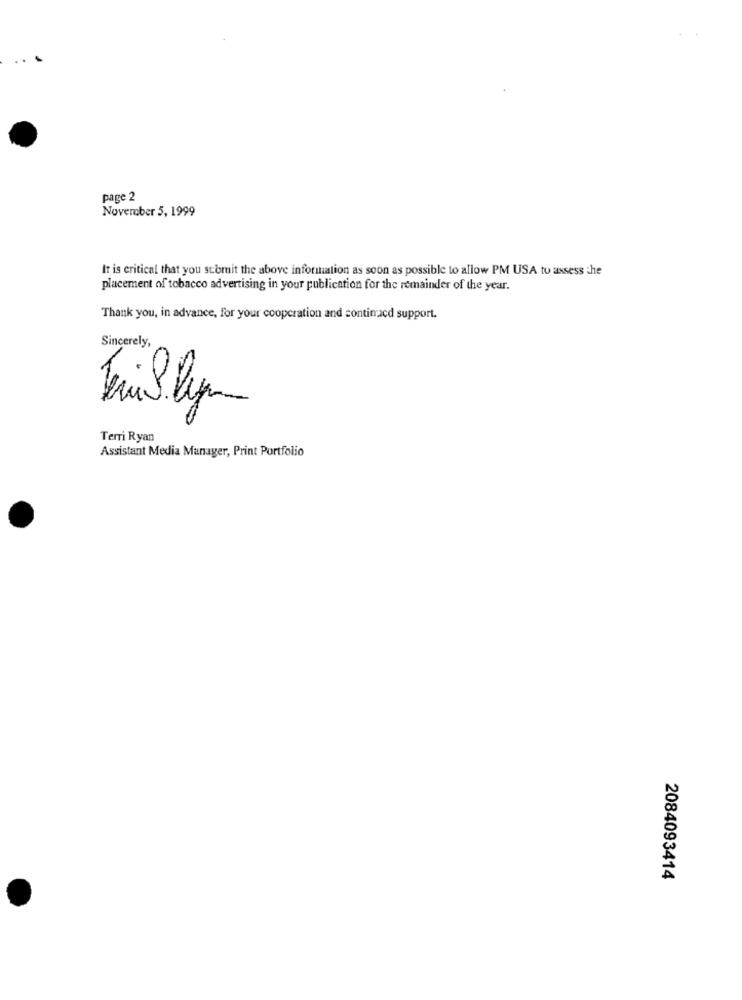
page 2
November 5, 1999
It is critical that you scomit the above information as soon as possible to allow PM USA to assess the
placement of tobacco advertising in your publication for the remainder of the year.
Thank you, in advance, for your cooperation and sontimacd support.
Sincerely
Terri Ryan
Assistant Media Manager, Print Portfolio
2084093414